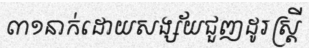
៣១នាក់ដោយសង្ស័យជួញដូរស្ត្រី